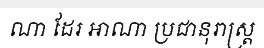
ណា ដែរ អាណា ប្រជានុរាស្ត្រ